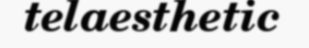
telaesthetic